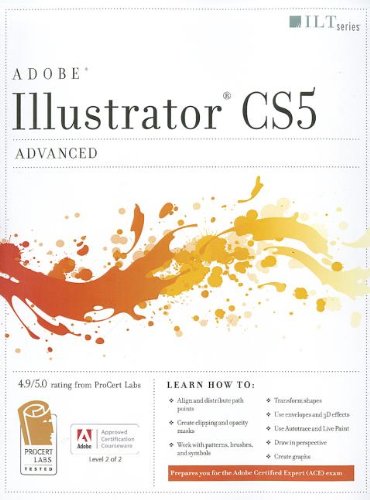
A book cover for Illustrator CS5: Advanced, Ace Edition (Ilt); Computers & Technology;